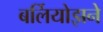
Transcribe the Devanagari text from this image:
बर्लियोझने